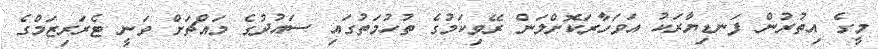
މީގެ އިތުރުން ފަނޑިޔާރަކު އަވަހާރަކޮށްލަން ރޭވިކަމުގެ ތުހުމަތުގައި ސައުދުގެ މައްޗަށް ވަނީ ޓެރަރިޒަމްގެ